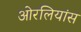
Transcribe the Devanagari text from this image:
ओरलियांस